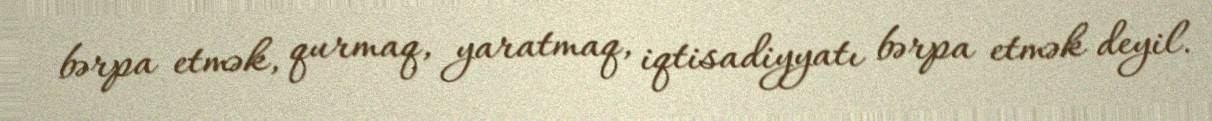
bərpa etmək, qurmaq, yaratmaq, iqtisadiyyatı bərpa etmək deyil.